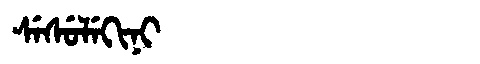
Manchu: ᠰᡝᠰᡠᠯᡝᡴᡳᠨᡳ
Romanization: SESULEKINI